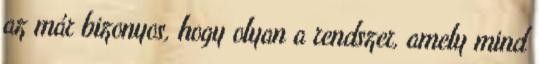
az már bizonyos, hogy olyan a rendszer, amely mind